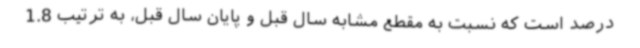
درصد است که نسبت به مقطع مشابه سال قبل و پایان سال قبل، به ترتیب 1.8